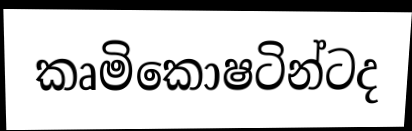
කෘමිකොෂටින්ටද